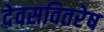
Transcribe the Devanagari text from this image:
देवसवितरेष